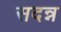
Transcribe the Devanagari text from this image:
सदन्न